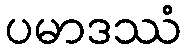
ပမာဒဿံ